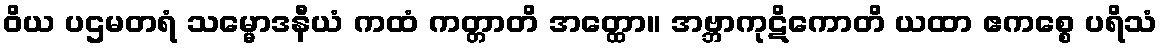
ဝိယ ပဌမတရံ သမ္မောဒနီယံ ကထံ ကတ္တာတိ အတ္ထော။ အဗ္ဘာကုဋိကောတိ ယထာ ဧကစ္စေ ပရိသံ